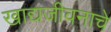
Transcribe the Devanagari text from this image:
खाद्यजीवनाचे